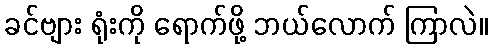
ခင်ဗျား ရုံးကို ရောက်ဖို့ ဘယ်လောက် ကြာလဲ။